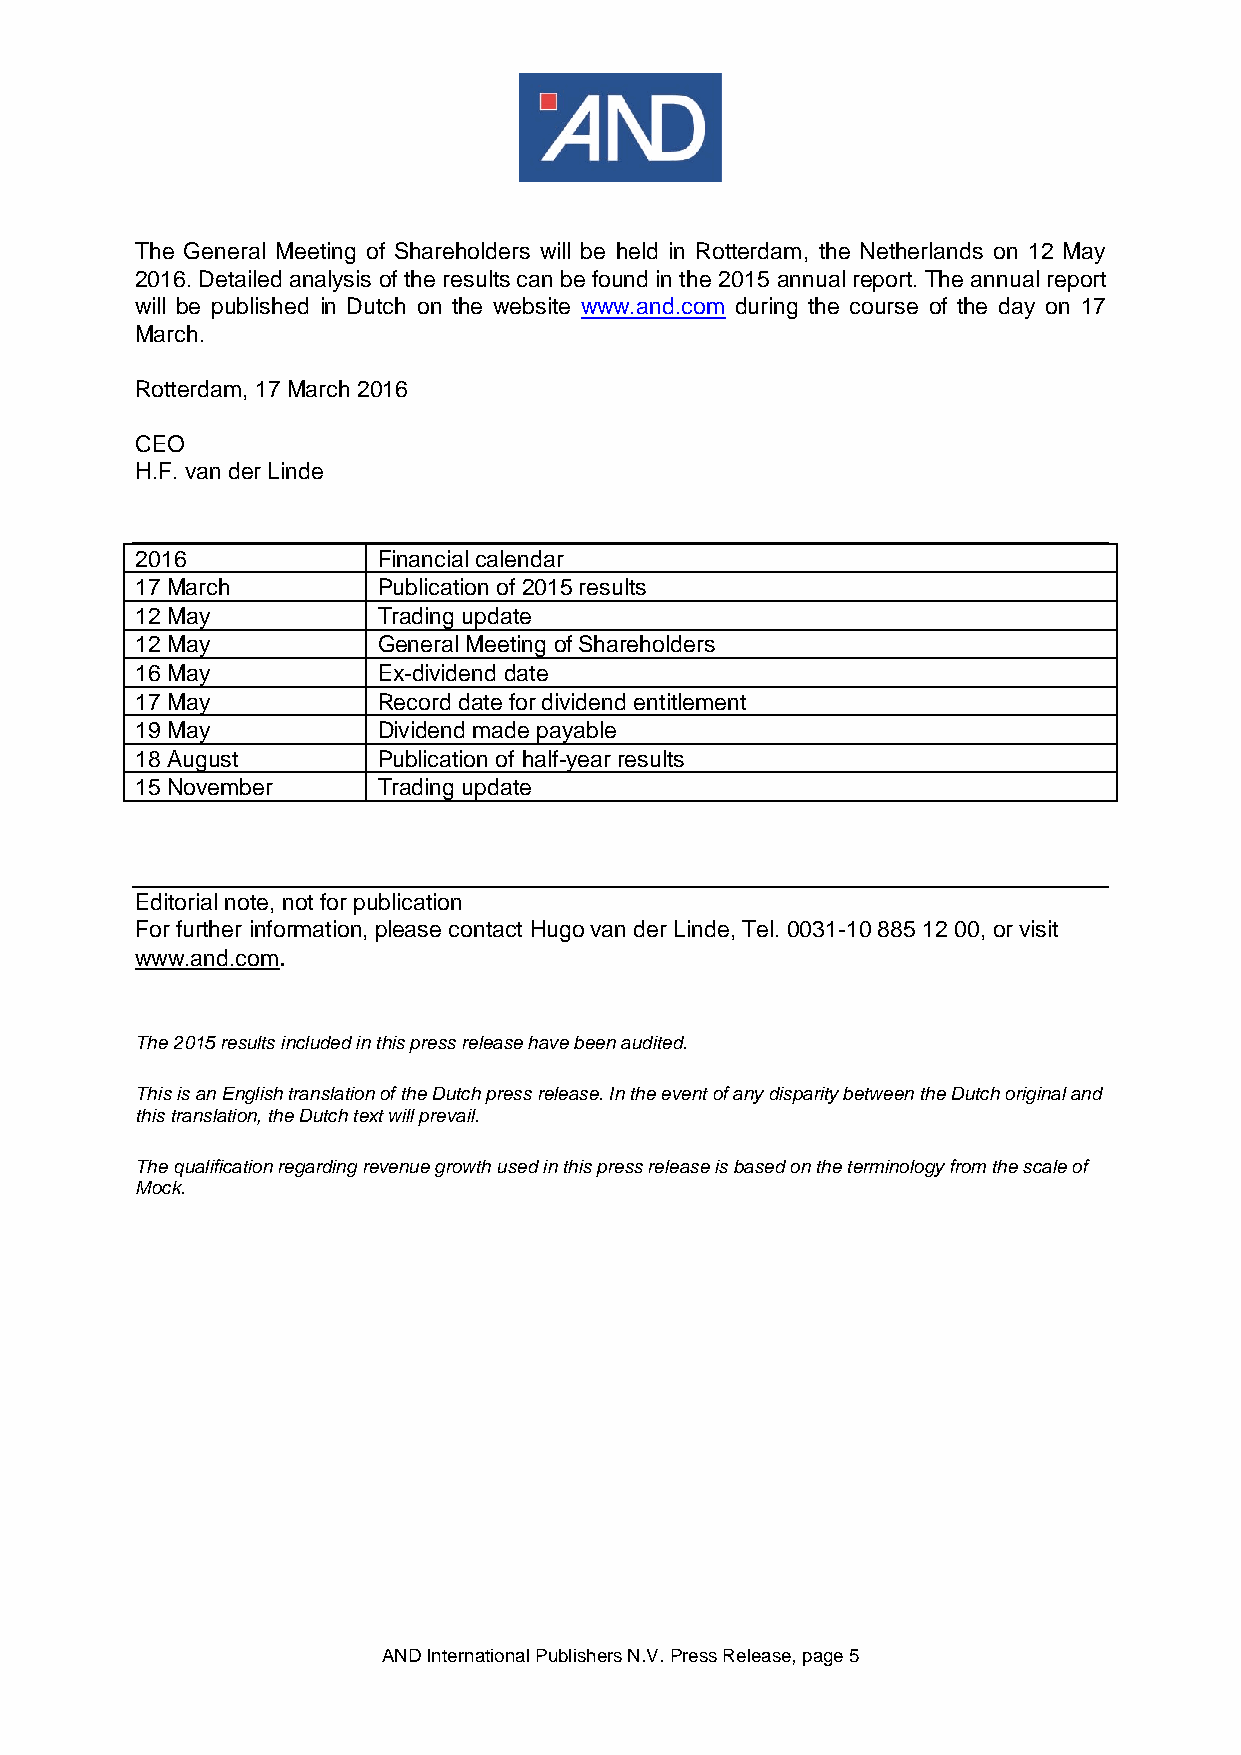
The General Meeting of Shareholders will be held in Rotterdam, the Netherlands on 12 May
 2016. Detailed analysis of the results can be found in the 2015 annual report. The annual report
 will be published in Dutch on the website www.and.com during the course of the day on 17
 March.
 Rotterdam, 17 March 2016
 CEO
 H.F. van der Linde
 2016            Financial calendar
 17 March        Publication of 2015 results
 12 May          Trading update
 12 May          General Meeting of Shareholders
 16 May          Ex-dividend date
 17 May          Record date for dividend entitlement
 19 May          Dividend made payable
 18 August       Publication of half-year results
 15 November     Trading update
 Editorial note, not for publication
 For further information, please contact Hugo van der Linde, Tel. 0031-10 885 12 00, or visit
 www.and.com.
 The 2015 results included in this press release have been audited.
 This is an English translation of the Dutch press release. In the event of any disparity between the Dutch original and
 this translation, the Dutch text will prevail.
 The qualification regarding revenue growth used in this press release is based on the terminology from the scale of
 Mock.
 AND International Publishers N.V. Press Release, page 5